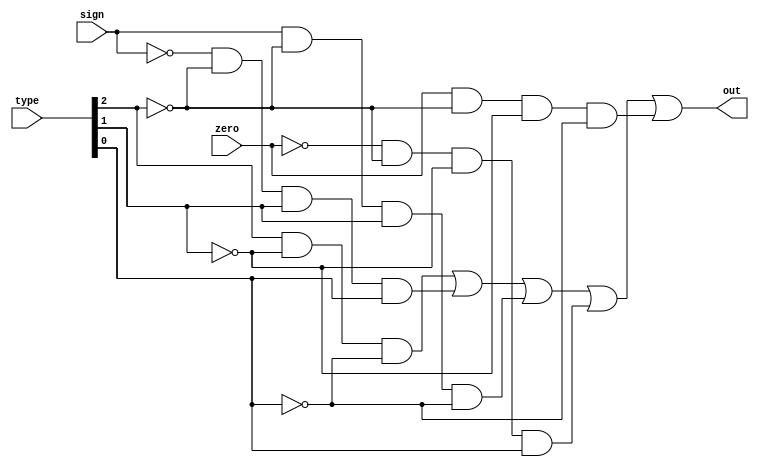
module branch_logic(type, sign, zero, out);

input [2:0] type;
input sign;
input zero;

output out;

wire jump, bgez, bltz, bnez, beqz;
	 
assign jump = (type[2] & ~type[1] & ~type[0]);
assign bgez = (~sign & ~type[2] & type[1] & type[0]);
assign bltz = (sign & ~type[2] & type[1] & ~type[0]);
assign bnez = (~zero & ~type[2] & ~type[1] & type[0]);
assign beqz = (zero & ~type[2] & ~type[1] & ~type[0]);

assign out = (jump | bgez | bltz | bnez | beqz);

endmodule